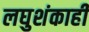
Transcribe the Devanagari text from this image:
लघुशंकाही